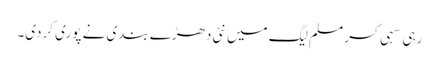
رہی سہی کسر مسلم لیگ میں نئی دھڑے بندی نے پوری کردی۔